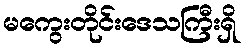
မကွေးတိုင်းဒေသကြီးရှိ